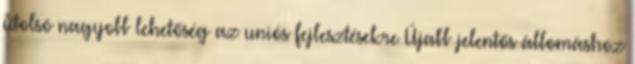
utolsó nagyobb lehetőség az uniós fejlesztésekre Újabb jelentős állomáshoz